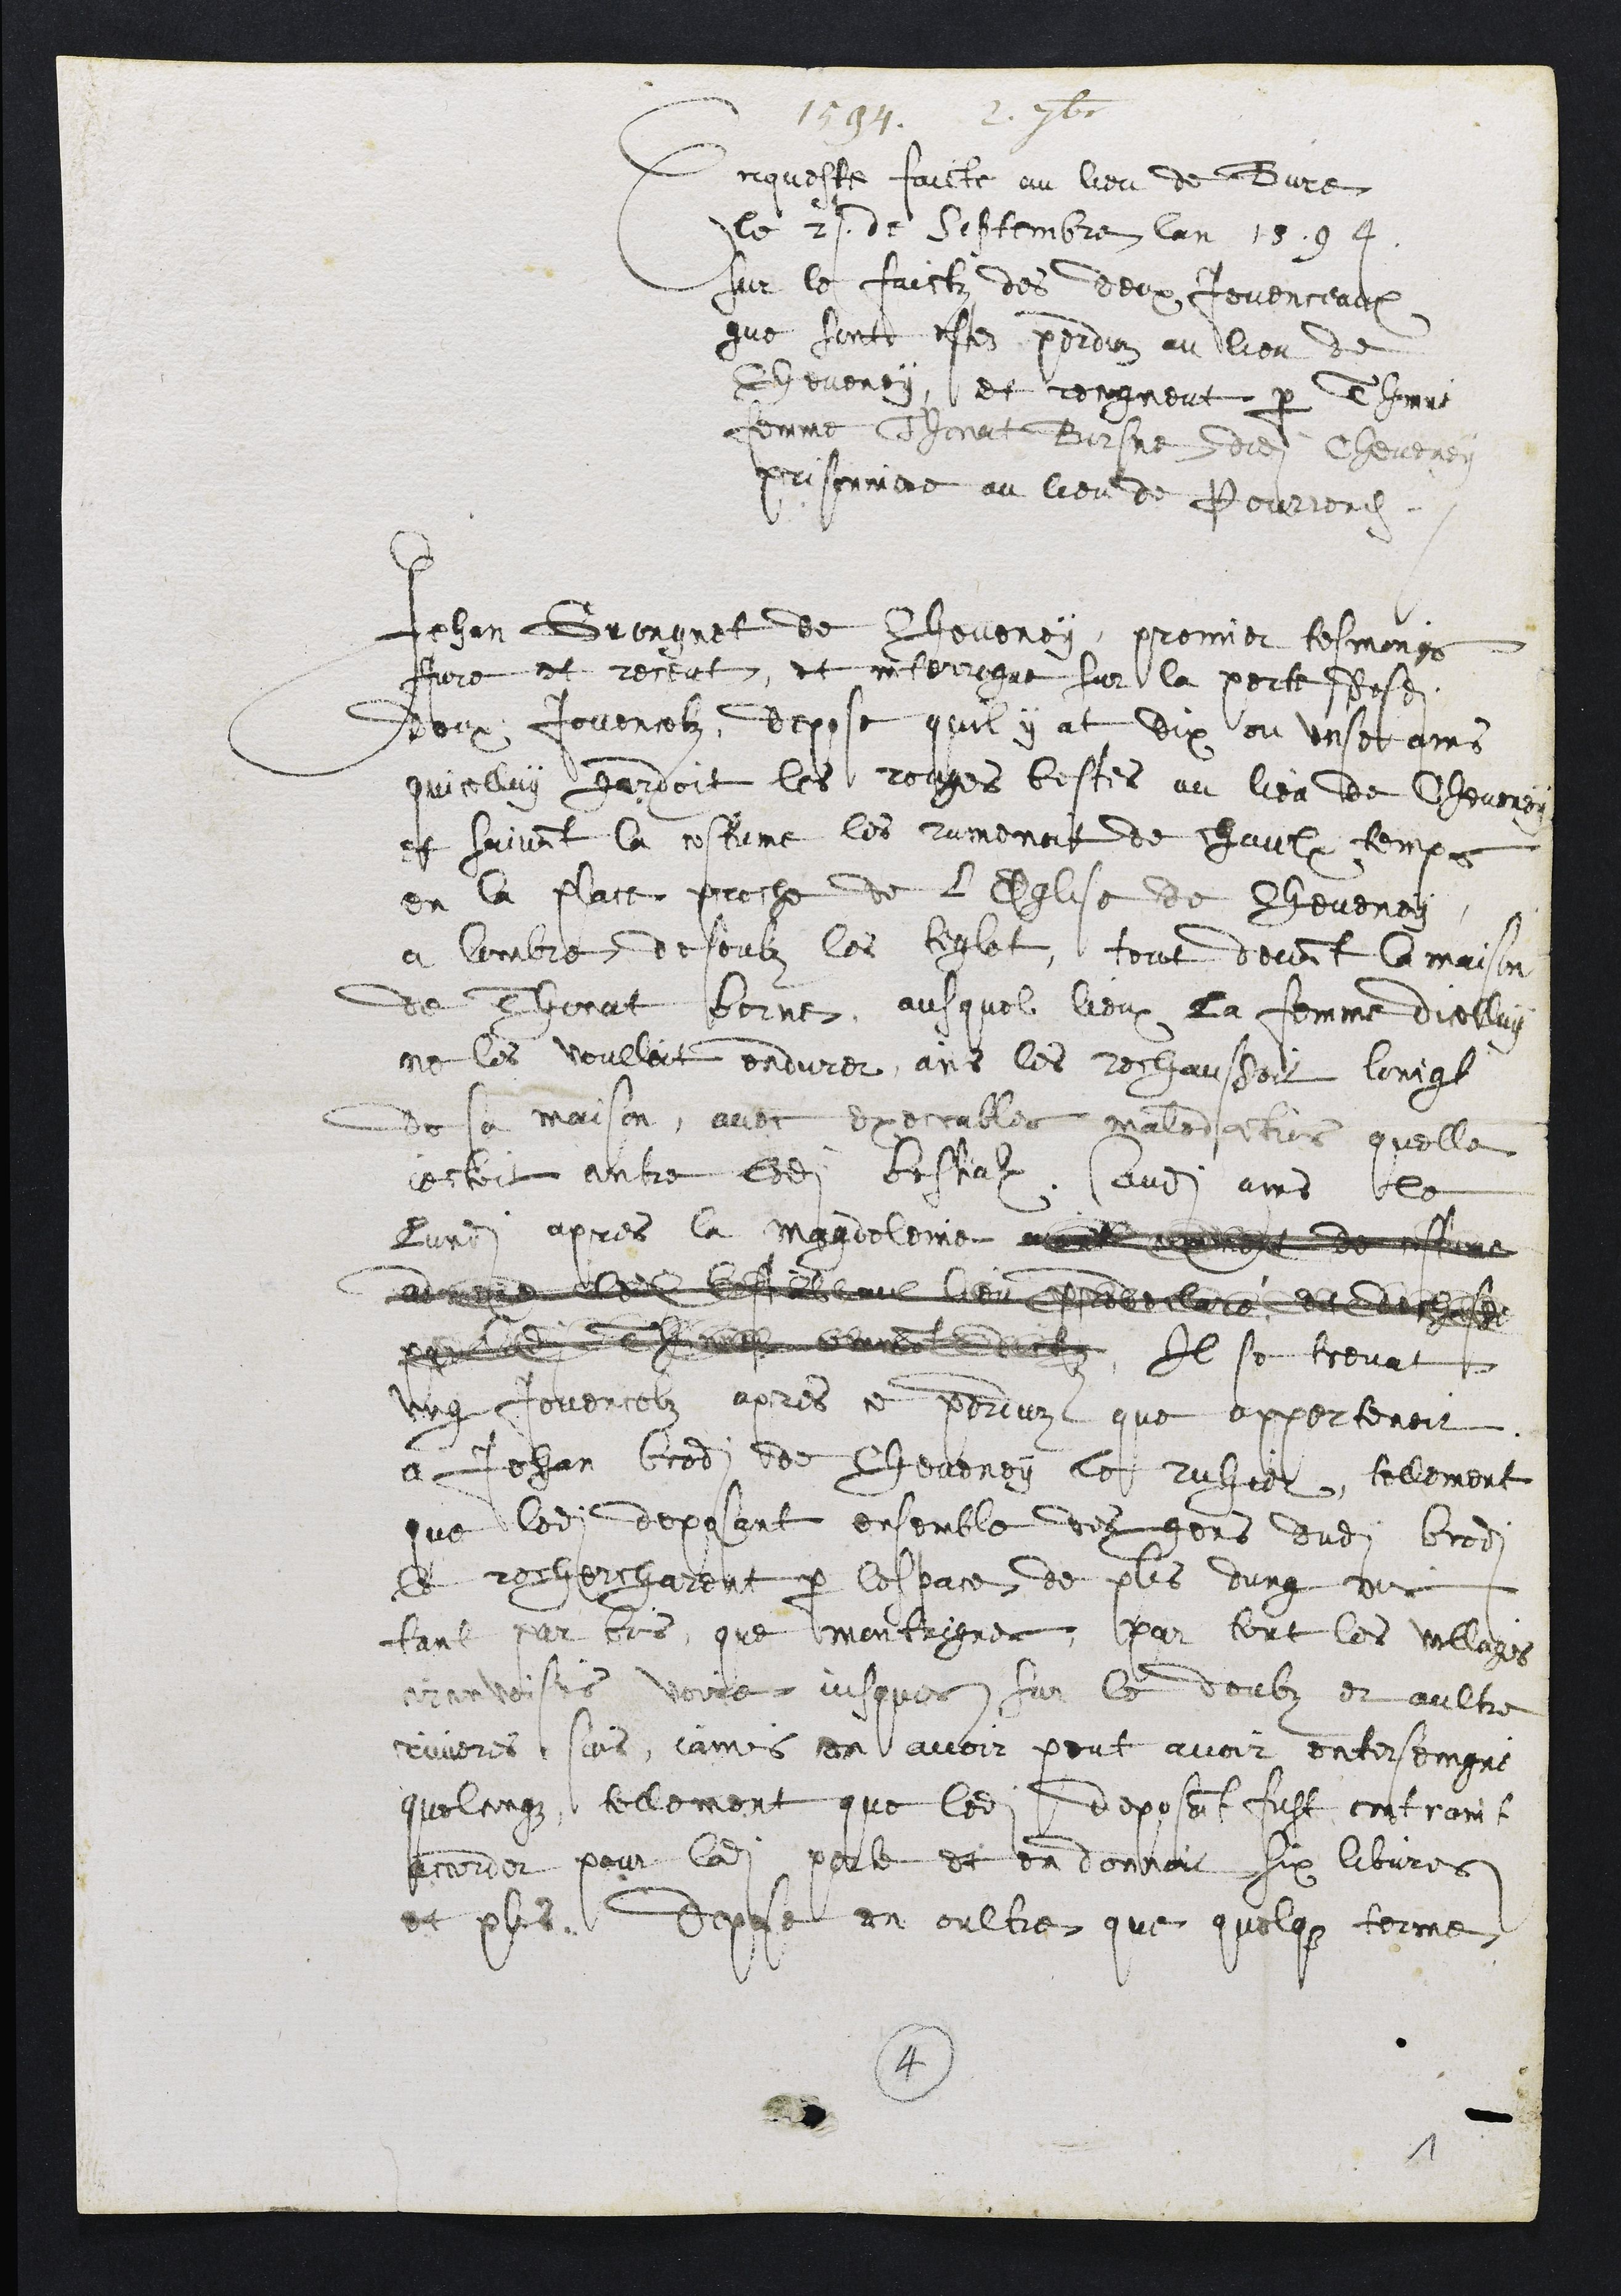
1594. 2. 7bre
Enqueste faicte au lieu de Bure
Le 2e de Septembre lan 1594
sur le faictz des deux Jovenceaux
que sont estez perduz au lieu de
Cheveney, et congneut par Thinne
femme Thonat Borsne dudit Cheveney
prisonniere au lieu de Pourrentruy
Jehan Grongnet de Cheveney, promier tesmoings
Jure et receut, et interrogue sur la perte desdits
deux Jovencelz, depose quil y at dix ou unse ans
quicelluy gardoit les rouges bestes au lieu de Cheveney
et suivant la costume les ramenoit de chaulx temps
en la place proche de l'Eglise de Cheveney
a lombre desoubz les tiglet, tout devant la maison
de Thonat borne, ausquel lieux la femme dicelluy
ne les voulloit endurer, ains les rechaussoit loingt
de sa maison, avec execrables maledictions quelle
jectoit contre ledit bestialx, Audit ans le
lundi apres la Magdeleine       de costume
advis elle beuva le pere et
peu de bien dit Il se trevat
ung Jovencelz apres ce perduz que appertenoit
a Jehan brodi de Cheveney le ruhier tellement
que ledit deposant ensemble des gens dudit brodi
le rechercharent par lespace de puis dung mois
tant par bois que montaigner, par tout les villaiges
circonvoisins voire jusques sur le doubz et aultre
rivieres sans jamais en avoir peut avoir entreiseingne
quelconque, tellement que ledit deposant fust contraint
accorder pour ladite perte et en donnoit six libvres
et plus, depose en oultre que quelque terme
4
1